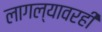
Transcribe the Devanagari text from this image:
लागल्यावरही